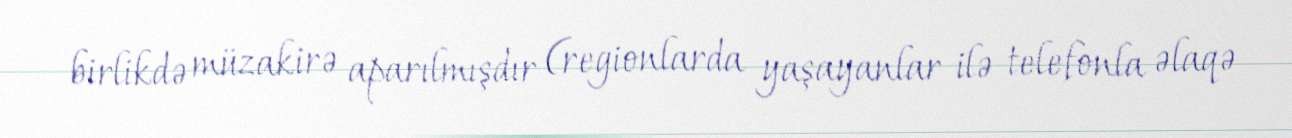
birlikdə müzakirə aparılmışdır (regionlarda yaşayanlar ilə telefonla əlaqə